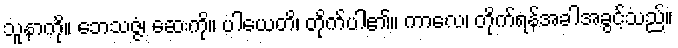
သူနာကို။ ဘေသဇ္ဇံ၊ ဆေးကို။ ပါယေတိ၊ တိုက်ပါ၏။ ကာလေ၊ တိုက်ရန်အခါအခွင့်သည်။